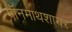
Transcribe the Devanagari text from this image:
मॉनमाथशायर